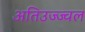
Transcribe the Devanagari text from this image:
अतिउज्ज्वल